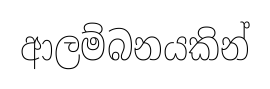
ආලම්බනයකින්